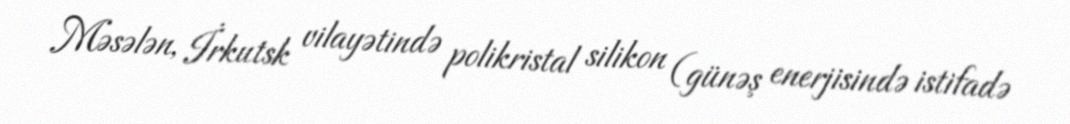
Məsələn, İrkutsk vilayətində polikristal silikon (günəş enerjisində istifadə